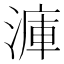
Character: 𣹫